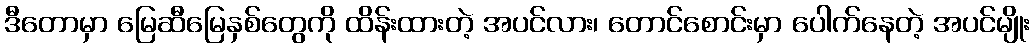
ဒီတောမှာ မြေဆီမြေနှစ်တွေကို ထိန်းထားတဲ့ အပင်လား၊ တောင်စောင်းမှာ ပေါက်နေတဲ့ အပင်မျိုး